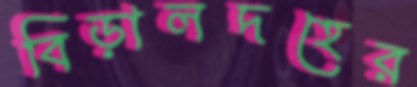
বিড়ালদহের